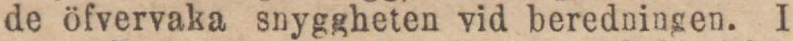
de öfvervaka snyggheten vid beredningen. I